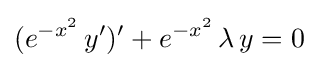
(e^{-x^{2}}\,y')'+e^{-x^{2}}\,\lambda \,y=0